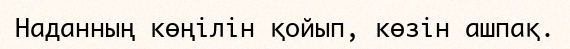
Наданның көңілін қойып, көзін ашпақ.